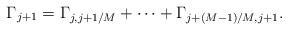
LaTeX: \begin{align*} \Gamma_{j+1}= \Gamma_{j,j+1/M}+\cdots +\Gamma_{j+(M-1)/M,j+1}. \end{align*}